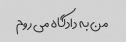
من به دادگاه می روم